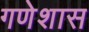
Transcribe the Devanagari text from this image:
गणेशास